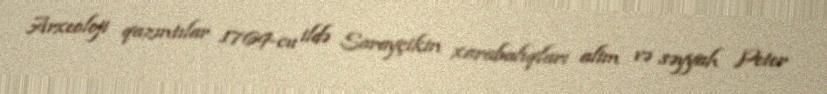
Arxeoloji qazıntılar 1769-cu ildə Sarayçikin xarabalıqları alim və səyyah Peter